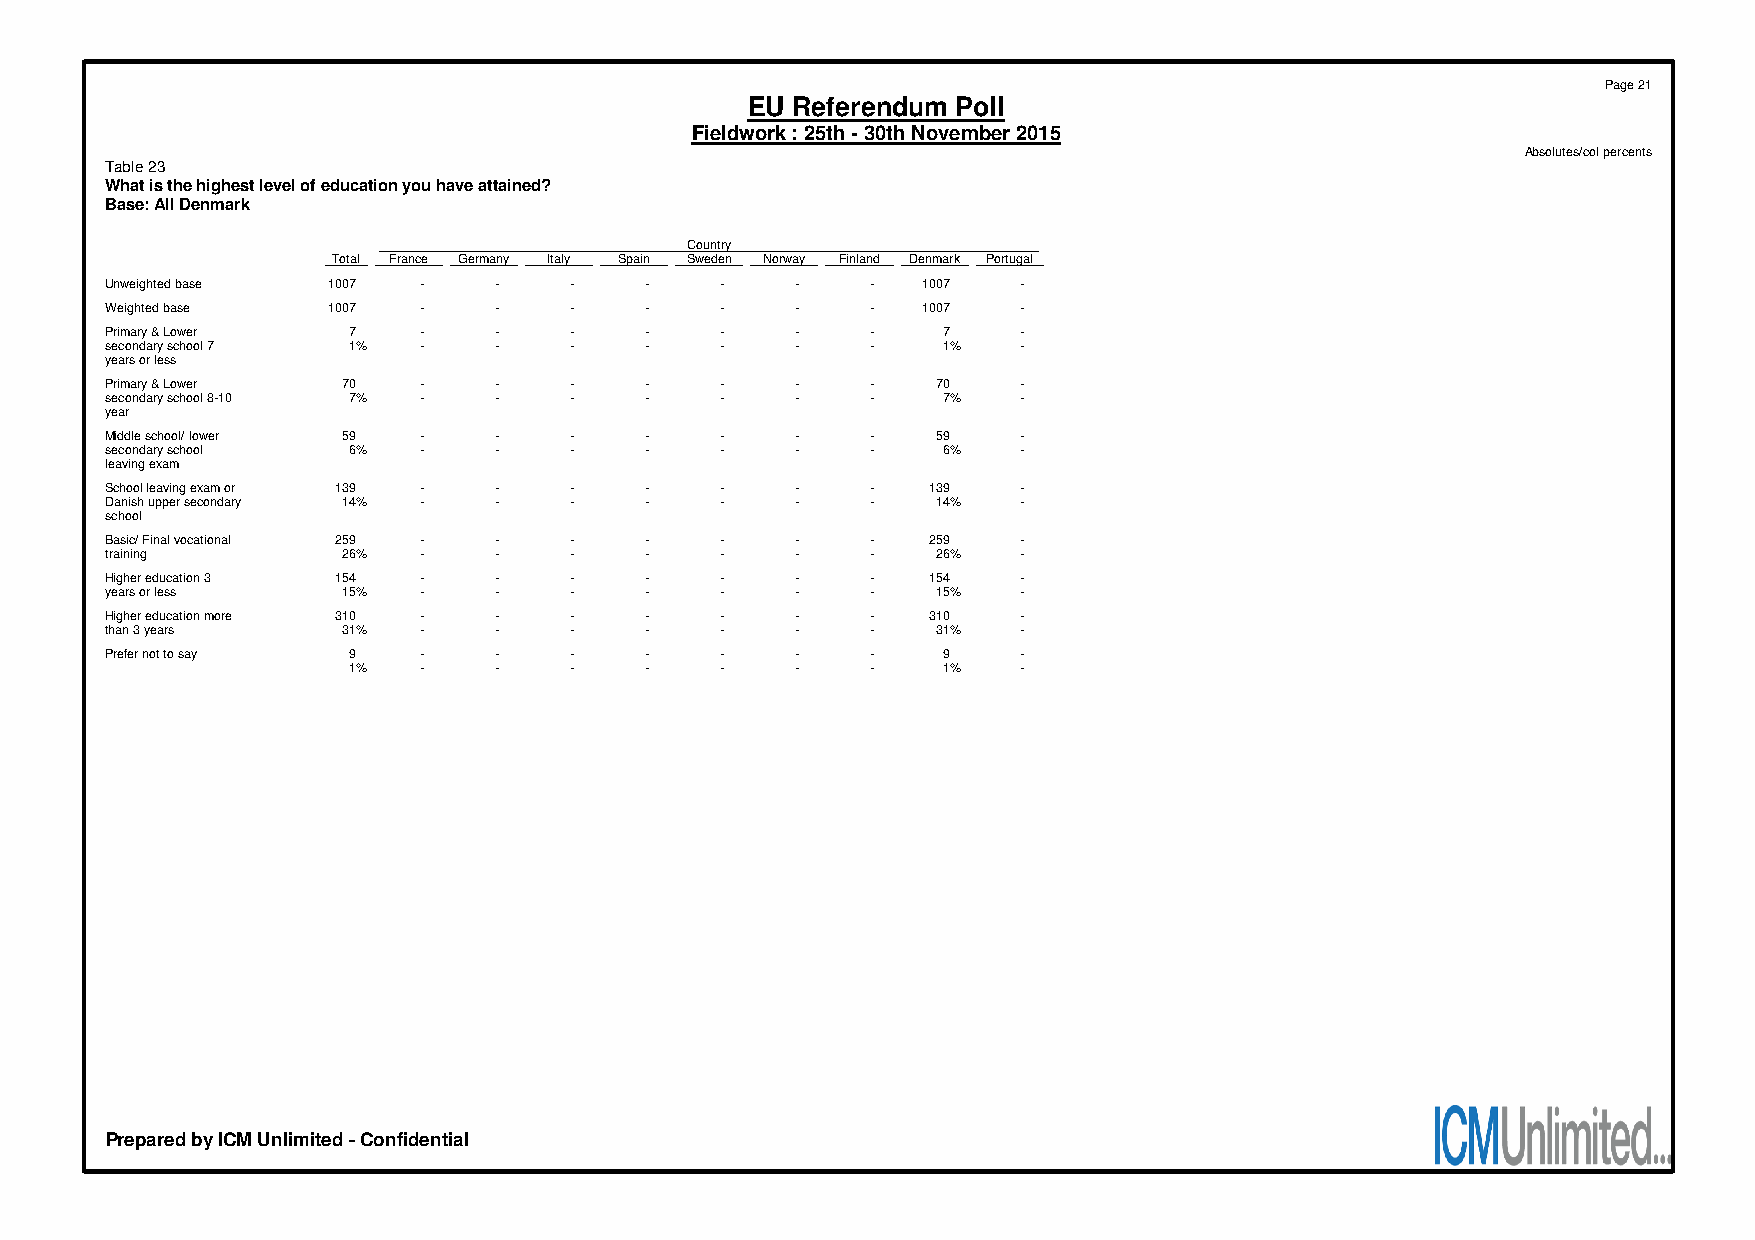
Page 21
 EU Referendum Poll
 Fieldwork : 25th - 30th November 2015
 Absolutes/col percents
 Table 23
 What is the highest level of education you have attained?
 Base: All Denmark
 Country
 Total France Germany Italy Spain Sweden Norway Finland Denmark Portugal
 Unweighted base 1007 -    -    -    -    -    -    -  1007   -
 Weighted base  1007  -    -    -    -    -    -    -  1007   -
 Primary & Lower 7    -    -    -    -    -    -    -   7     -
 secondary school 7 1% -   -    -    -    -    -    -   1%    -
 years or less
 Primary & Lower 70   -    -    -    -    -    -    -   70    -
 secondary school 8-10 7% - -   -    -    -    -    -   7%    -
 year
 Middle school/ lower 59 - -    -    -    -    -    -   59    -
 secondary school 6%  -    -    -    -    -    -    -   6%    -
 leaving exam
 School leaving exam or 139 - - -    -    -    -    -  139    -
 Danish upper secondary 14% - - -    -    -    -    -   14%   -
 school
 Basic/ Final vocational 259 - - -   -    -    -    -  259    -
 training        26%  -    -    -    -    -    -    -   26%   -
 Higher education 3 154 -  -    -    -    -    -    -  154    -
 years or less   15%  -    -    -    -    -    -    -   15%   -
 Higher education more 310 - -  -    -    -    -    -  310    -
 than 3 years    31%  -    -    -    -    -    -    -   31%   -
 Prefer not to say 9  -    -    -    -    -    -    -   9     -
 1%   -    -    -    -    -    -    -   1%    -
 Prepared by ICM Unlimited - Confidential